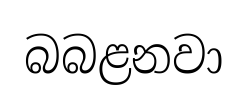
බබළනවා